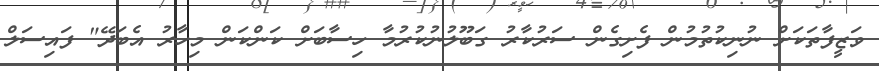
ވަޒީފާތަކަށް ނުނިކުތުމުން ފެށިގެން ސަރުކާރު ގަބޫލުނުކުރުމާ ހިސާބަށް ކަންކަން މިހާރު އެބަދޭ" ފައިސަލް